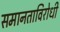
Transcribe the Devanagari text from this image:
समानताविरोधी